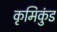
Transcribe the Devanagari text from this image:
कृमिकुंड